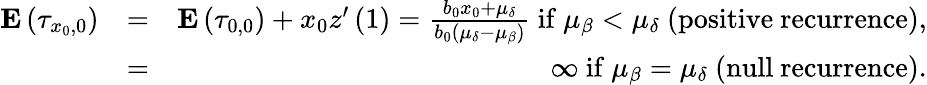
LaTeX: \begin{array}{rlr}{{\mathbf E}\left(\tau_{x_{0},0}\right)}&{=}&{{\mathbf E}\left(\tau_{0,0}\right)+x_{0}z^{\prime}\left(1\right)=\frac{b_{0}x_{0}+\mu_{\delta}}{b_{0}\left(\mu_{\delta}-\mu_{\beta}\right)}\mathrm{~if~}\mu_{\beta}<\mu_{\delta}\mathrm{~(positive~recurrence),}}\\ &{=}&{\infty\mathrm{~if~}\mu_{\beta}=\mu_{\delta}\mathrm{~(null~recurrence).}}\end{array}